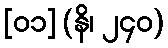
[၀၁] (နိ၊ ၂၄၀)